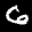
Label: 6